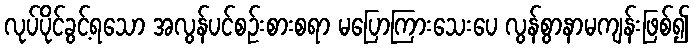
လုပ်ပိုင်ခွင့်ရသော အလွန်ပင်စဉ်းစားစရာ မပြောကြားသေးပေ လွန်စွာနာမကျန်းဖြစ်၍